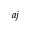
^ { a j }